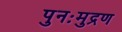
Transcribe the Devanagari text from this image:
पुनःमुद्रण